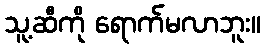
သူ့ဆီကို ရောက်မလာဘူး။